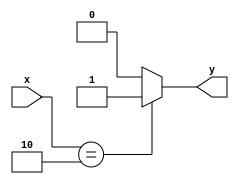
`timescale 1ns / 1ps
//////////////////////////////////////////////////////////////////////////////////
// Company: 
// Engineer: 
// 
// Design Name: 
// Module Name: simple_mux
// Project Name: 
// Target Devices: 
// Tool Versions: 
// Description: 
// 
// Dependencies: 
// 
// Revision:
// Revision 0.01 - File Created
// Additional Comments:
// 
//////////////////////////////////////////////////////////////////////////////////


module simple_mux(input [1:0] x, output reg y);
    always @(*) begin
        y = 2'd0;
        if(x == 2'b10) begin
            y = 2'd3;
        end else if(x == 2'b11) begin
            y = 2'd2;
        end
    end
endmodule